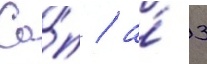
Са́п / а́ 3